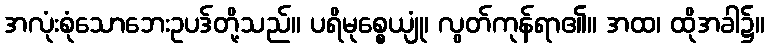
အလုံးစုံသောဘေးဥပဒ်တို့သည်။ ပရိမုစ္စေယျုံ၊ လွတ်ကုန်ရာ၏။ အထ၊ ထိုအခါ၌။